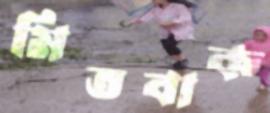
মিতবাক